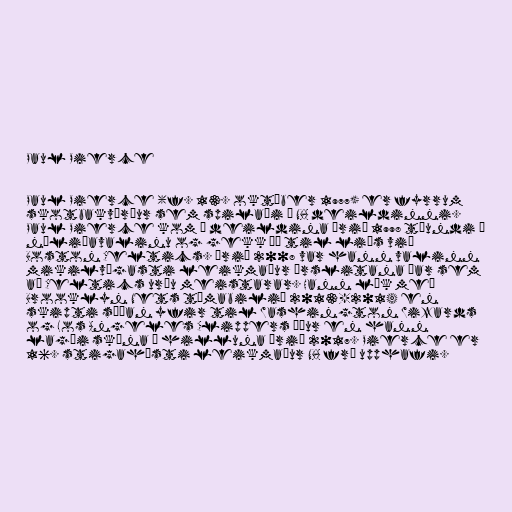
Paul Pierce

Paul Pierce (f. 13. október 1977) er fyrrum
skotbakvörður sem spilaði í NBA deildinni.
Paul Pierce kom í deildina árið 1998 tíundi í
nýliðavalinu og gekk þá til liðs við
Boston Celtics. Árið 2008 var hann valinn
mikilvægasti leikmaður úrslitana þar sem
að Celtics urðu meistarar. Hann lék með
Brooklyn Nets tímabilið 2013-2014 en
skipti síðan yfir til Washington Wizards
og Los Angeles Clippers áður en hann
lagði skóna á hilluna árið 2017. Pierce er
16. stigahæsti leikmaður NBA frá upphafi.